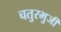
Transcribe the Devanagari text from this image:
चतुरभुर्जी